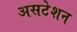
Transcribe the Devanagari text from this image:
असटेशन